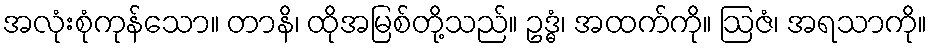
အလုံးစုံကုန်သော။ တာနိ၊ ထိုအမြစ်တို့သည်။ ဥဒ္ဓံ၊ အထက်ကို။ ဩဇံ၊ အရသာကို။